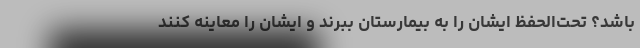
باشد؟ تحت‌الحفظ ایشان را به بیمارستان ببرند و ایشان را معاینه کنند